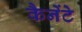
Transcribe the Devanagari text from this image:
कैनेंटे